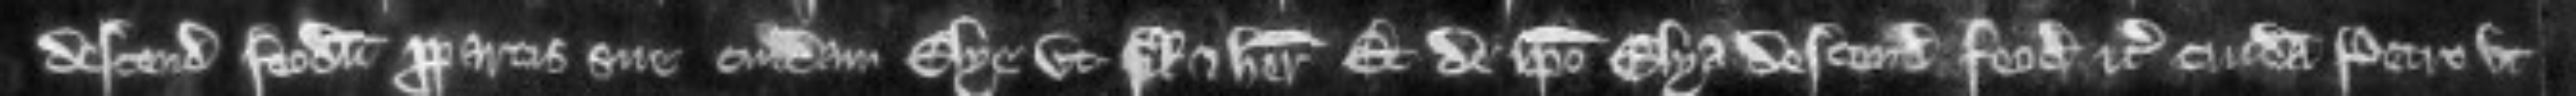
descendit feodum propartis sue cuidam Elye ut filio et heredi et de ipso Elya descendit feodum etc cuidam Petro ut